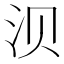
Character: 𬇙